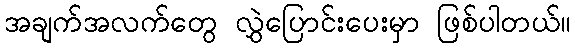
အချက်အလက်တွေ လွှဲပြောင်းပေးမှာ ဖြစ်ပါတယ်။